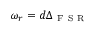
\omega _ { r } = d \Delta _ { \mathrm { ~ F ~ S ~ R ~ } }